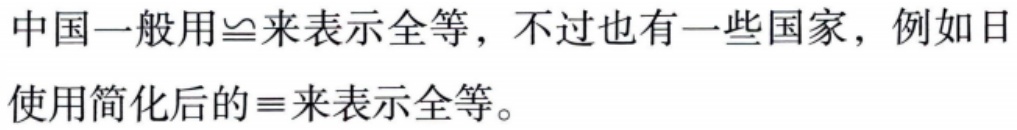
中国一般用$\cong$来表示全等，不过也有一些国家，例如日使用简化后的$\equiv$来表示全等。